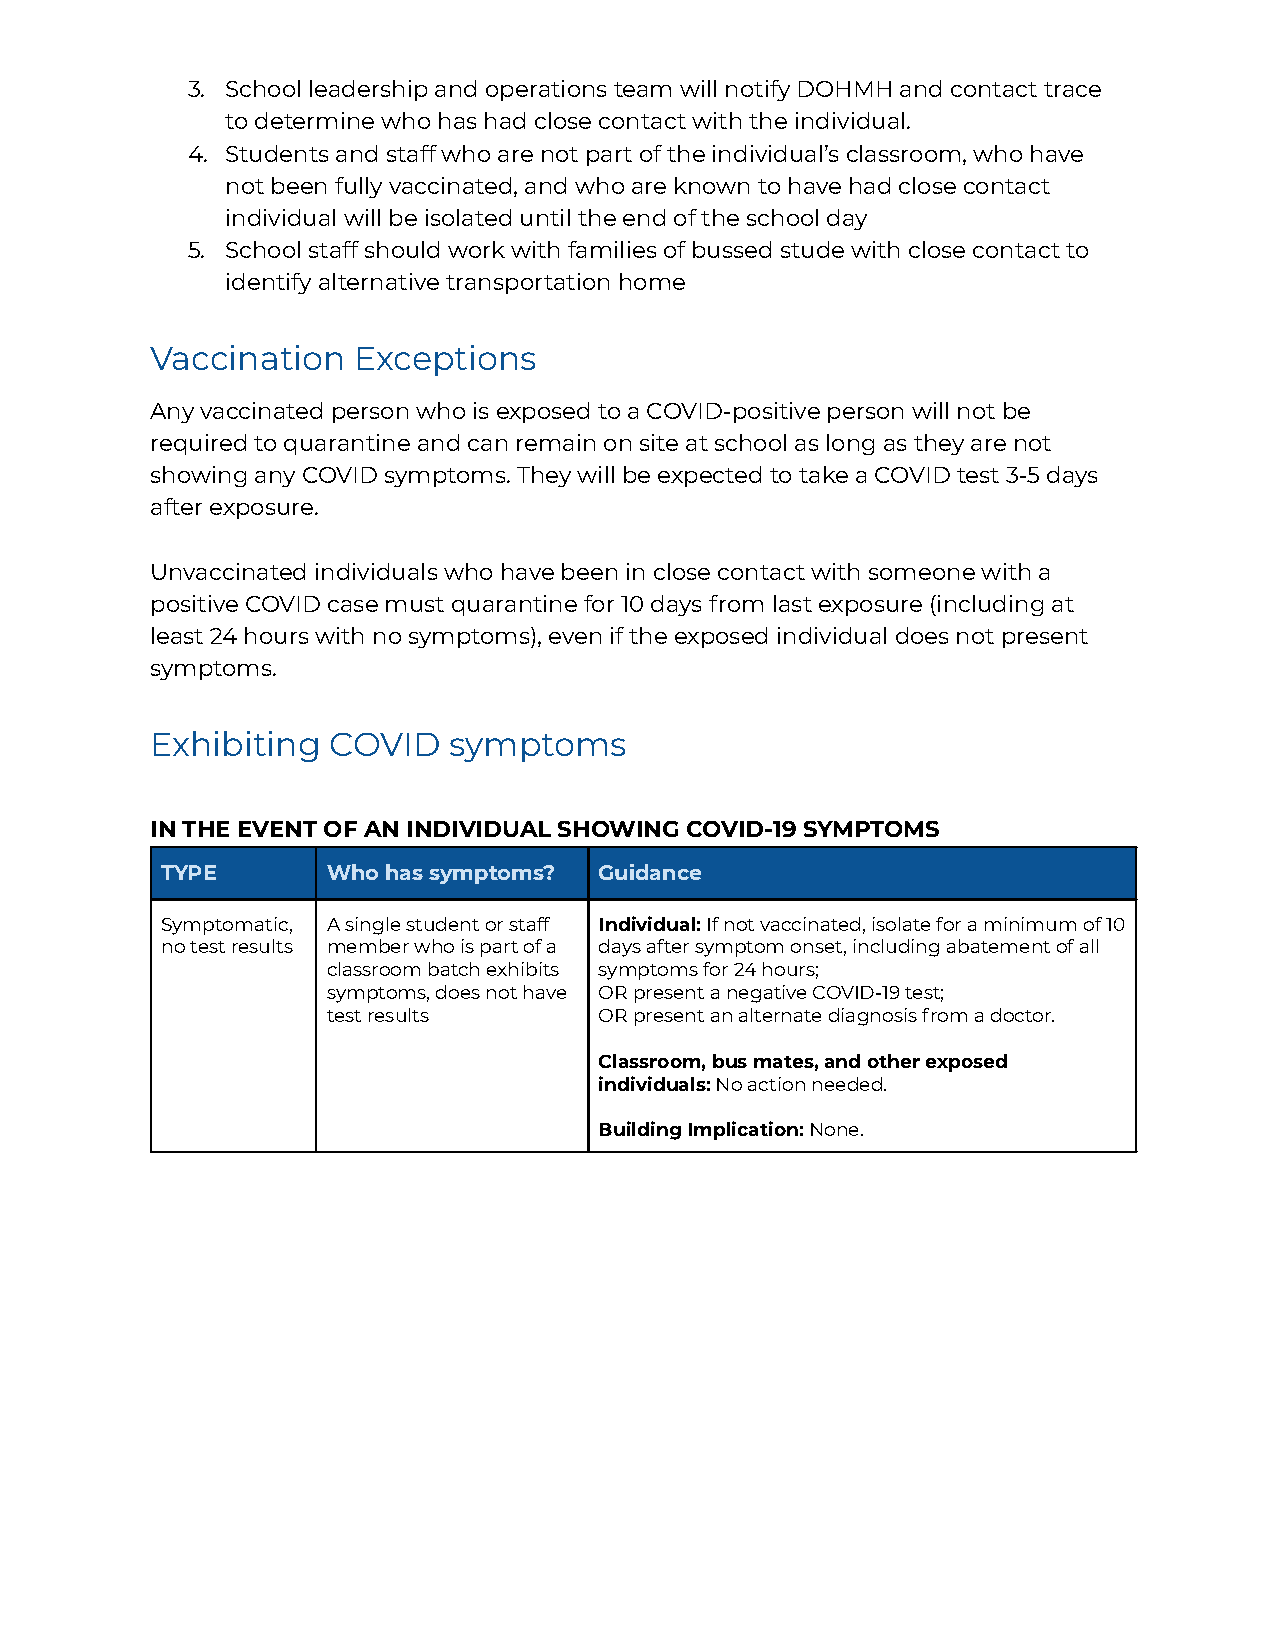
3. School leadership and operations team will notify DOHMH and contact trace
 to determine who has had close contact with the individual.
 4. Students and staff who are not part of the individual’s classroom, who have
 not been fully vaccinated, and who are known to have had close contact
 individual will be isolated until the end of the school day
 5. School staff should work with families of bussed stude with close contact to
 identify alternative transportation home
 Vaccination  Exceptions
 Any vaccinated person who is exposed to a COVID-positive person will not be
 required to quarantine and can remain on site at school as long as they are not
 showing any COVID symptoms. They will be expected to take a COVID test 3-5 days
 after exposure.
 Unvaccinated individuals who have been in close contact with someone with a
 positive COVID case must quarantine for 10 days from last exposure (including at
 least 24 hours with no symptoms), even if the exposed individual does not present
 symptoms.
 Exhibiting  COVID   symptoms
 IN THE EVENT OF AN INDIVIDUAL SHOWING COVID-19 SYMPTOMS
 TYPE       Who has symptoms? Guidance
 Symptomatic, A single student or staff Individual:If not vaccinated, isolate for a minimumof 10
 no test results member who is part of a days after symptom onset, including abatement of all
 classroom batch exhibits symptoms for 24 hours;
 symptoms, does not have OR present a negative COVID-19 test;
 test results      OR present an alternate diagnosis from a doctor.
 Classroom, bus mates, and other exposed
 individuals:No action needed.
 Building Implication:None.